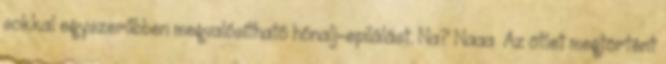
sokkal egyszerűbben megvalósítható hónalj-epilálást. Na? Naaa Az ötlet megtörtént